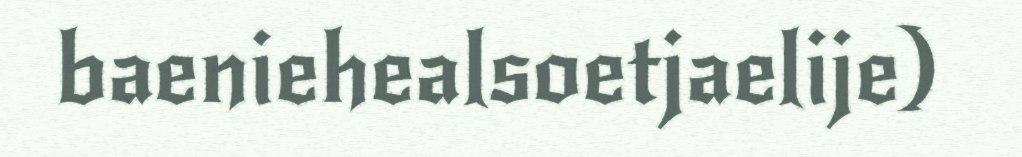
baeniehealsoetjaelije)